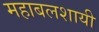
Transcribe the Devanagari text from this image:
महाबलशायी